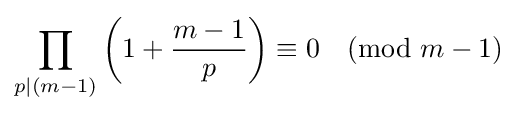
\prod _{p|(m-1)}\left(1+{\frac {m-1}{p}}\right)\equiv 0{\pmod {m-1}}